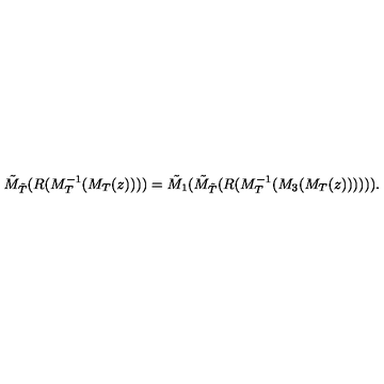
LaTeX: { \tilde { M } } _ { { \tilde { T } } } ( R ( M _ { T } ^ { - 1 } ( M _ { T } ( z ) ) ) ) = { \tilde { M } } _ { 1 } ( { \tilde { M } } _ { { \tilde { T } } } ( R ( M _ { T } ^ { - 1 } ( M _ { 3 } ( M _ { T } ( z ) ) ) ) ) ) .